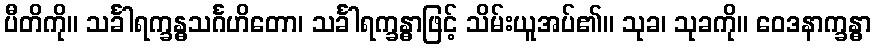
ပီတိကို။ သင်္ခါရက္ခန္ဓသင်္ဂဟိတော၊ သင်္ခါရက္ခန္ဓာဖြင့် သိမ်းယူအပ်၏။ သုခ၊ သုခကို။ ဝေဒနာက္ခန္ဓာ